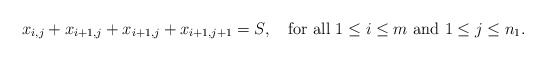
\begin{align*} x_{i,j} + x_{i+1,j} + x_{i+1,j} + x_{i+1,j+1} = S, \mbox{ \ \ for all } 1\leq i \leq m \mbox{ and } 1\leq j \leq n_1.\end{align*}